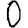
Digit: 0